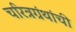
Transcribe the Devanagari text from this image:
चरित्रग्रंथांची